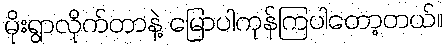
မိုးရွာလိုက်တာနဲ့ မြောပါကုန်ကြပါတော့တယ်။